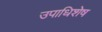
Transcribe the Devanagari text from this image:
उपाधिशेष